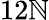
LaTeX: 12\mathbb{N}